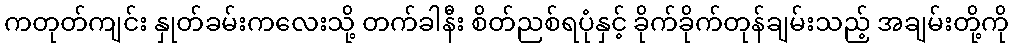
ကတုတ်ကျင်း နှုတ်ခမ်းကလေးသို့ တက်ခါနီး စိတ်ညစ်ရပုံနှင့် ခိုက်ခိုက်တုန်ချမ်းသည့် အချမ်းတို့ကို